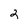
Character: 2